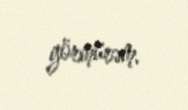
görmürəm.